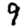
Digit: 9